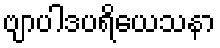
ဗျာပါဒပရိယေသနာ